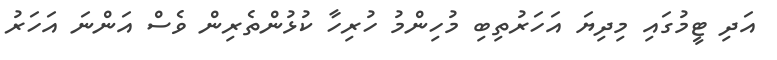
އަދި ޓީމުގައި މިދިޔަ އަހަރުތިބި މުހިންމު ހުރިހާ ކުޅުންތެރިން ވެސް އަންނަ އަހަރު